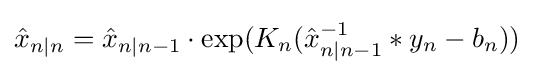
{\hat {x}}_{n|n}={\hat {x}}_{n|n-1}\cdot \exp(K_{n}({\hat {x}}_{n|n-1}^{-1}*y_{n}-b_{n}))